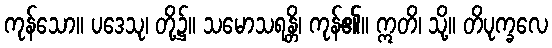
ကုန်သော။ ပဒေသု၊ တို့၌။ သမောသရန္တိ၊ ကုန်၏။ ဣတိ၊ သို့။ တိပုက္ခလေ